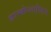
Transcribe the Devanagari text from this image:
थ्राम्बोप्लास्टिन